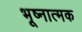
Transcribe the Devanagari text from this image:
भूष्नात्मक